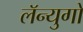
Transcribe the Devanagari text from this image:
लॅन्युगो